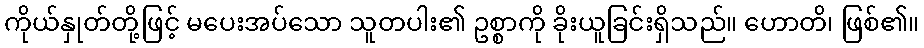
ကိုယ်နှုတ်တို့ဖြင့် မပေးအပ်သော သူတပါး၏ ဥစ္စာကို ခိုးယူခြင်းရှိသည်။ ဟောတိ၊ ဖြစ်၏။